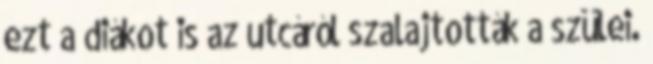
ezt a diákot is az utcáról szalajtották a szülei.